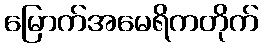
မြောက်အမေရိကတိုက်